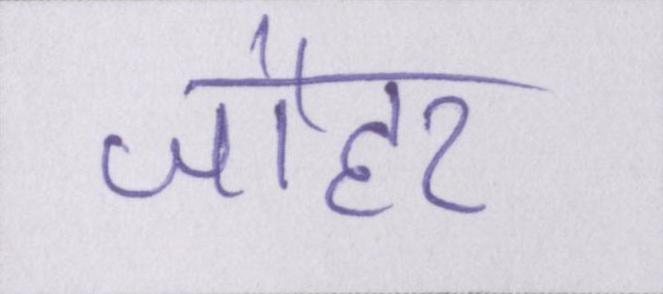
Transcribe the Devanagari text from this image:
जौहर